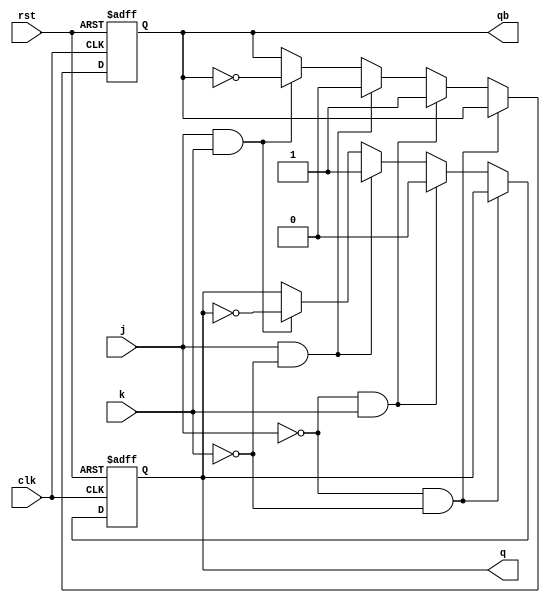
module jkff(j,k,clk,rst,q,qb);
  input j,k,clk,rst;
  output reg q,qb;
  always@(negedge clk or negedge rst)
  if(rst==1'b0)
    begin
      q<=1'b0;
      qb<=1'b1;
    end
  else if (j==1'b0 & k ==1'b0)
    begin
      q<=q;
      qb<=qb;
    end
  else if (j==1'b0 & k ==1'b1)
    begin
      q<=1'b0;
      qb<=1'b1;
    end
  else if (j==1'b1 & k ==1'b0)
    begin
      q<=1'b1;
      qb<=1'b0;
    end
  else if (j==1'b1 & k ==1'b1)
    begin
      q<=!q;
      qb<=!qb;
    end
endmodule